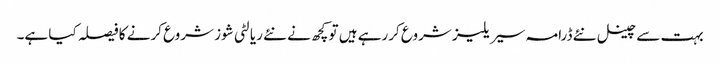
بہت سے چینل نئے ڈرامہ سیریلیز شروع کررہے ہیں تو کچھ نے نئے ریالٹی شوز شروع کرنے کا فیصلہ کیا ہے۔